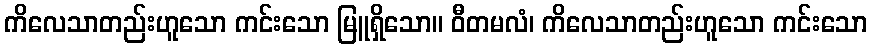
ကိလေသာတည်းဟူသော ကင်းသော မြူရှိသော။ ဝီတမလံ၊ ကိလေသာတည်းဟူသော ကင်းသော